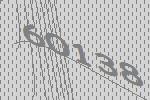
60138